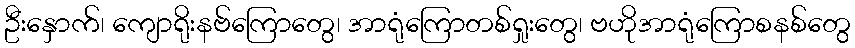
ဦးနှောက်၊ ကျောရိုးနဗ်ကြောတွေ၊ အာရုံကြောတစ်ရှုးတွေ၊ ဗဟိုအာရုံကြောစနစ်တွေ